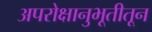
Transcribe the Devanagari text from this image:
अपरोक्षानुभूतीतून